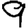
Digit: 9